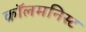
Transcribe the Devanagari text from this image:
कॉलमनिस्ट